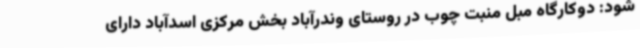
شود: دوکارگاه مبل منبت چوب در روستای وندرآباد بخش مرکزی اسدآباد دارای